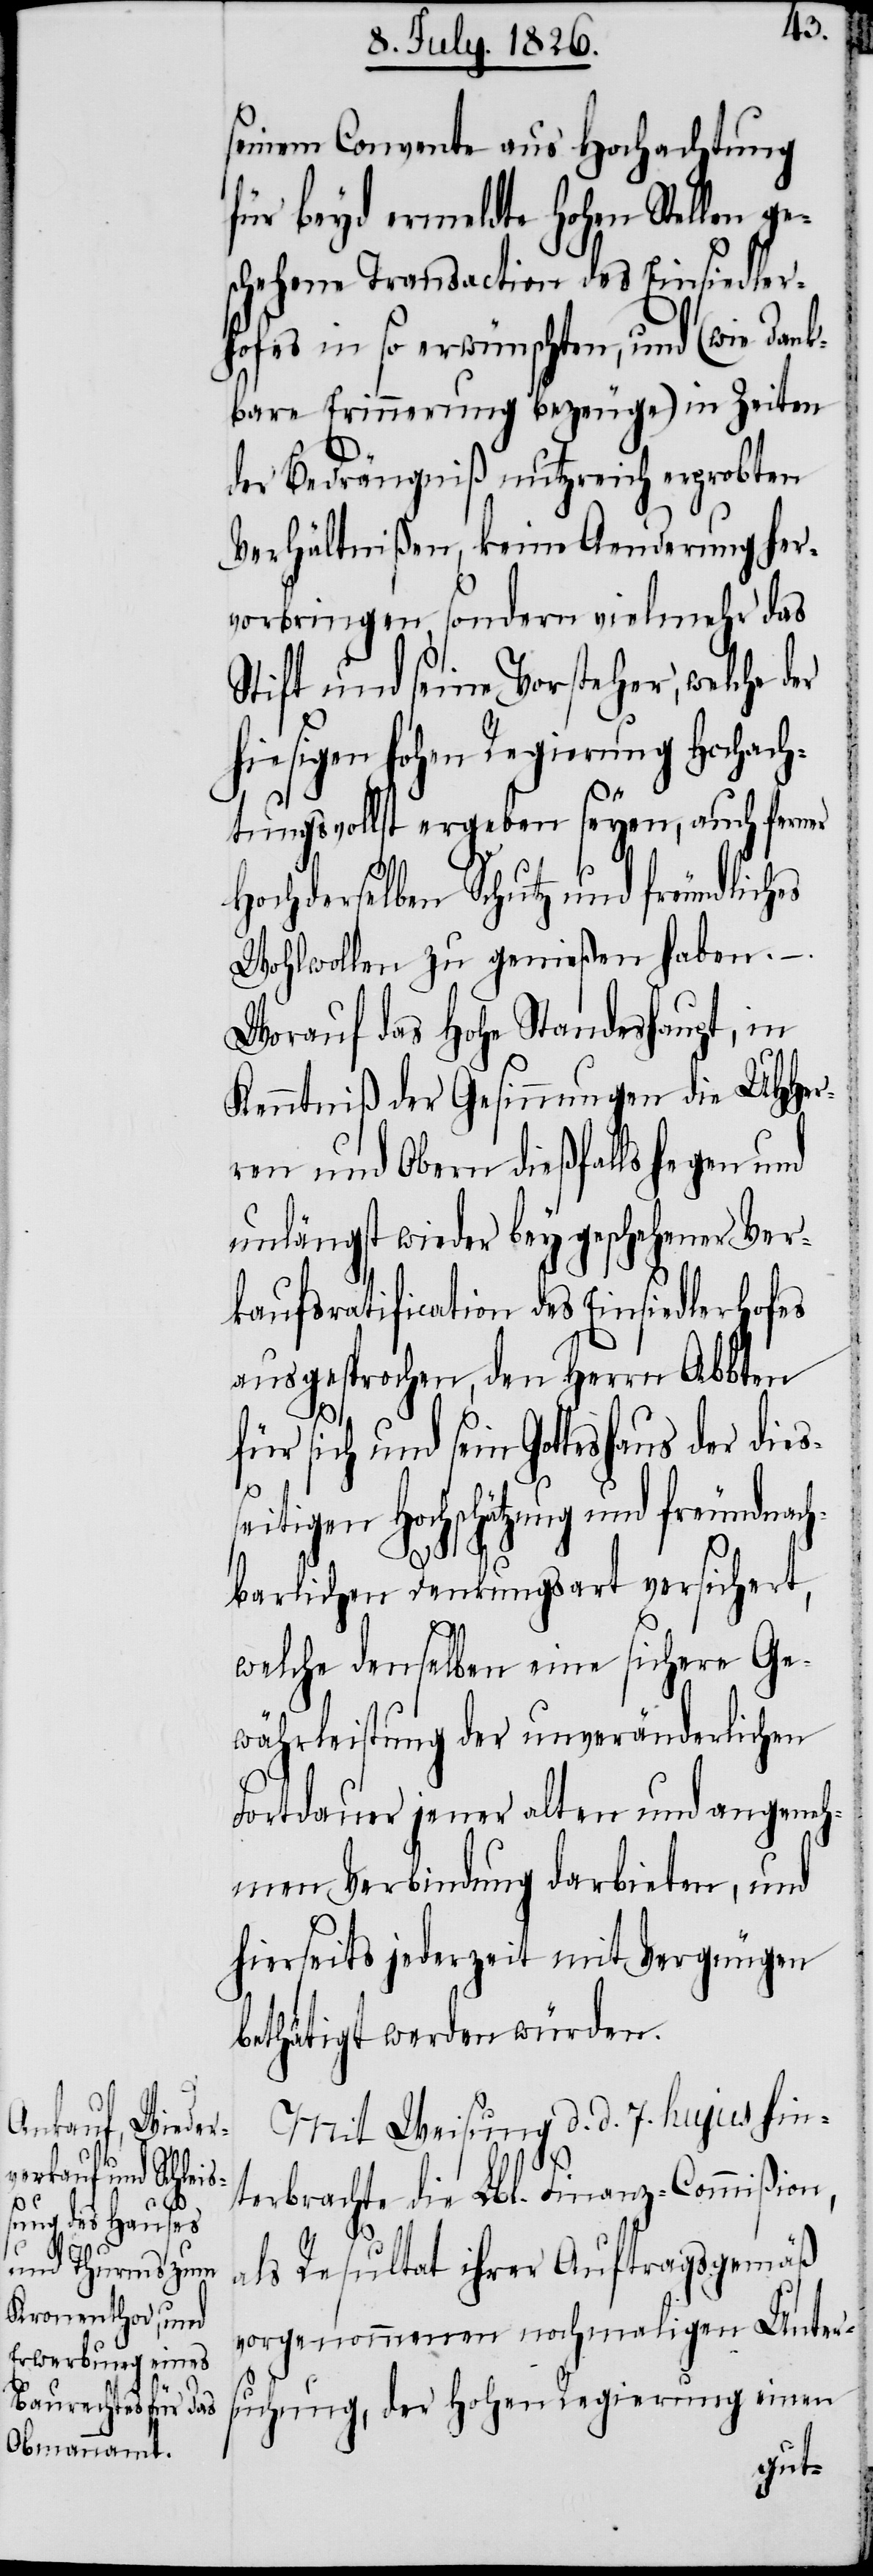
tigen

seinem Convente aus Hochachtung
für beyd ermeldte hohen Stellen ge¬
schehene Transaction des Einsiedler¬
hofes in so erwünschten, und (wie dank¬
bare Erinnerung bezeuge) in Zeiten
der Bedrängniß nutzreich erprobten
Verhältnißen, keine Aenderung her¬
vorbringen, sondern vielmehr das
Stift und seine Vorsteher, welche der
hiesigen hohen Regierung Hochach¬
tungsvollst ergeben seyen, auch ferner
Hochderselben Schutz und freundliches
Wohlwollen zu genießen haben. – .
Worauf das hohe Standeshaupt, in
Kenntniß der Gesinnungen die MHHer¬
ren und Obern dießfalls heben und
unlängst wieder bey geschehener Ver¬
kaufsratification des Einsiedlerhofes
ausgesprochen, den Herrn Abbten
für sich und sein Gotteshaus der
Hochschätzung und freundnac¬
hbarlichen Denkungsart versichert,
welche denselben eine sichere Ge¬
währleistung der unveränderlichen
Fortdauer jener alten und angeneh¬
men Verbindung darbieten, und
hierseits jederzeit mit Vergnügen
bethätigt werden würden.
Mit Weisung d. d. 7. hujus hin¬
terbrachte die Lbl. Finanz-Commißion,
als Resultat ihrer Auftragsgemäß
vorgenommenen nochmaligen Unter¬
suchung, der hohen Regierung einen